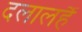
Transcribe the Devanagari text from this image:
दलालहैं